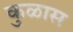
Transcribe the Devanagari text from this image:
कुळास